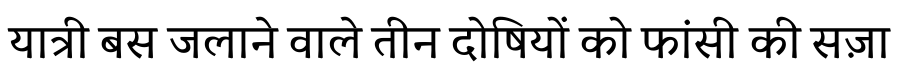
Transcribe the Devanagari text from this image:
यात्री बस जलाने वाले तीन दोषियों को फांसी की सज़ा